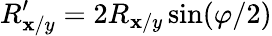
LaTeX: R_{\mathbf{x}/y}^{\prime}=2R_{\mathbf{x}/y}\sin(\varphi/2)